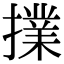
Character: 擈